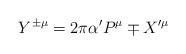
LaTeX: \begin{align*}Y^{\pm\mu} = 2\pi\alpha' P^\mu \mp X'^\mu\end{align*}